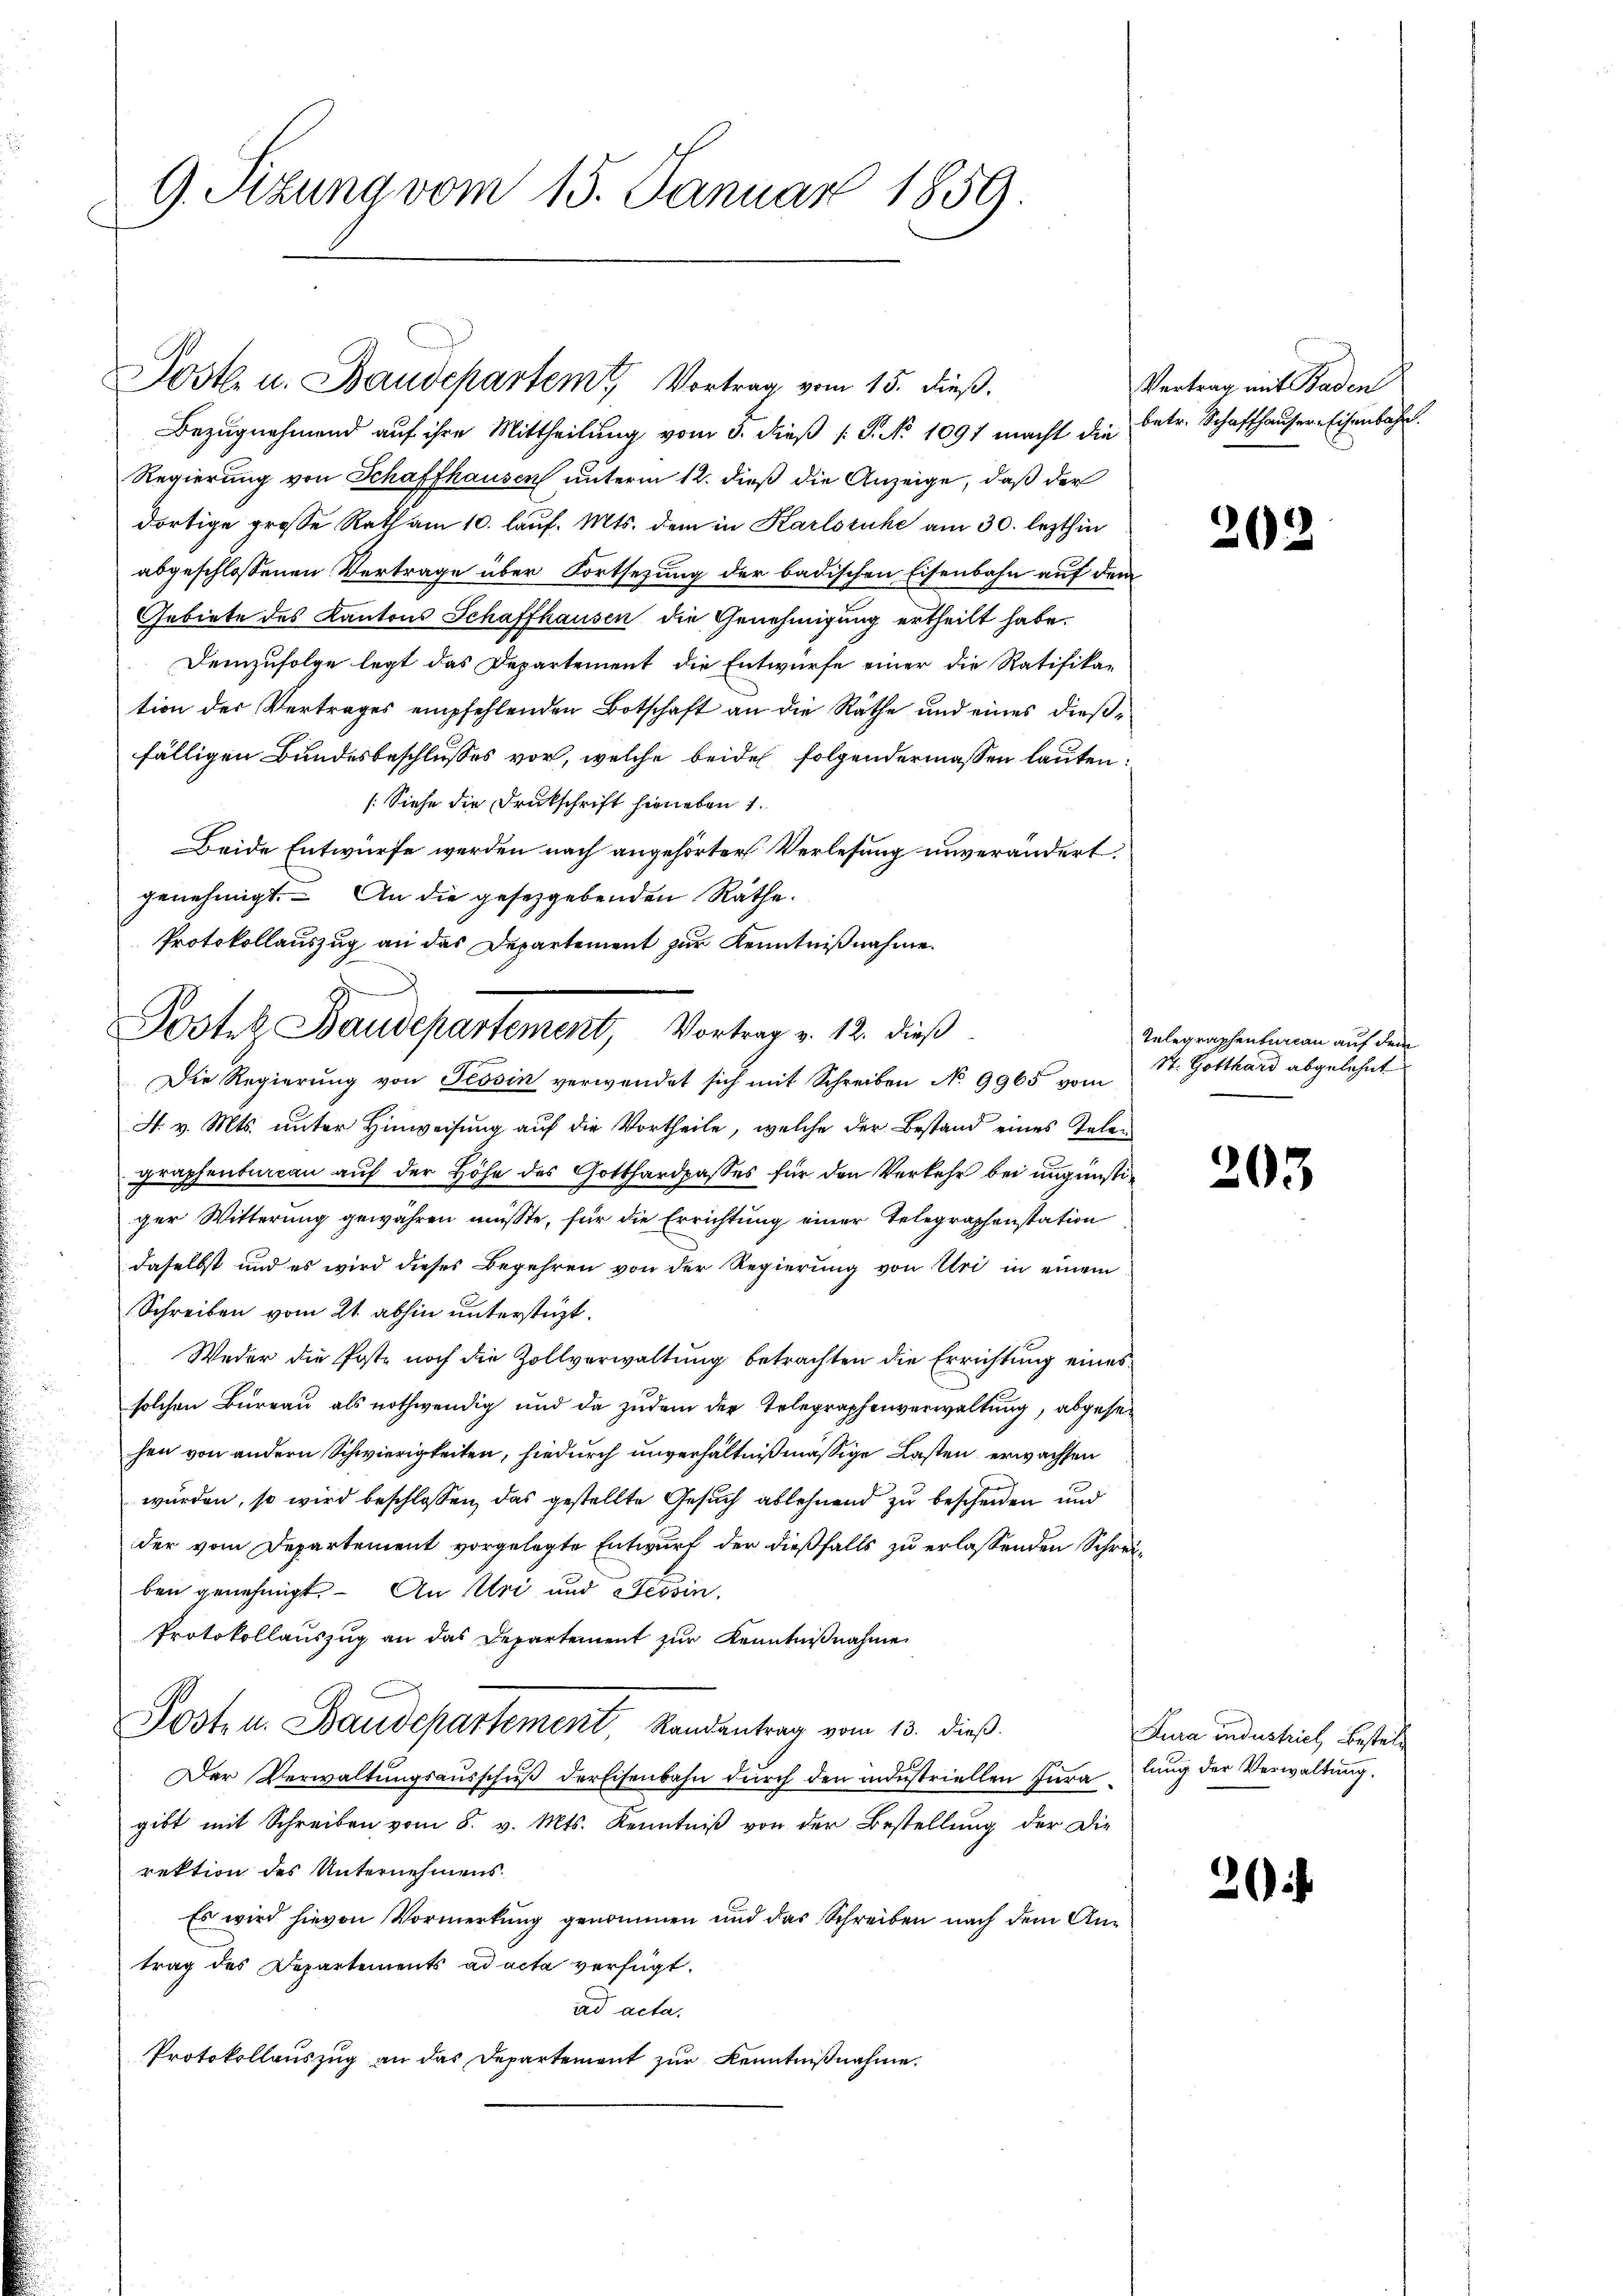
9. Sitzung vom 15. Januar 1859.

Bezŭgnehmend aŭf ihre Mittheilŭng vom 3. dieβ (: S. No 1091 macht die betr. Schafthaŭser Eisenbahr
Regierung von Schaffhausen unterm 12. dieß die Anzeige, daß der
dortige grosse Rath am 10. lauf. Mts. dem in Karlsruhe am 30. lezthin
abgeschlossenen Vertrage über Fortsezung der badischen Eisenbahn auf dem
Gebiete des Kantons Schaffhausen die Genehmigung ertheilt habe.
Demzufolge legt das Departement die Entwurfe einer die Ratifika-
tion der Vertrages empfehlenden Botschaft an die Räthe und eines dießfälligen Bundesbeschlusses vor, welche beide folgendermassen lauten:
(Siehe die Drukschrift hieneten 1.
Beide Entwurfe werden nach angehörter Verlesung unverändert.
genehmigt. – An die gesetzgebenden Räthe.
Protokollauszug an das Departement zur Kenntnißnahme.
Die Regierung von Tessin verwendet sich mit Schreiben No 9965 vom
H. v. Mts. unter Hinweisung auf die Vortheile, welche der Bestand eines Telen
graphenbureau auf der Höhe des Gotthardpasses für den Verkehr bei ungünstiger Witterung gewähren müsste, für die Errichtung einer Telegraphenstation
daselbst und es wird dieses Begehren von der Regierung von Uri in einem
Schreiben vom 21. abhin unterstüzt.
Weder die Poste noch die Zollverwaltung betrachten die Errichtung eines
solchen Bureau als nothwendig und da zudem der Telegraphenverwaltung, abgesehen von andern Schwierigkeiten, hiedurch unverhältnißmässige Lasten erwachsen
wurden, so wird beschlossen, das gestellte Gesuch ablehnend zu bescheiden und
der vom Departement vorgelegte Entwurf der dießfalls zu erlassenden Schreiben genehmigt. – An Uri und Tessin.
Protokollauszug an das Departement zur Kenntnißnahme
Post- u. Baudepartement, Kandentrag vom 13. dieß.
Der Verwaltungsausschuß derEisenbahn durch den indestriellen Iuragibt mit Schreiben vom 8. v. Mts. Kenntniß von der Bestellung der Die
rektion des Unternehmens
Es wird hievon Vormerkung genommen und das Schreiben nach dem Antrag des Departements ad acta verfügt:
ad acta.
Protokollauszug an das Departement zur Kenntnißnahme,

Postl. u. Baudepartem Vortrag vom 15. dieß.

Poster Baudepartement, Vortrag v. 12. dieß

Vertrag mit Baden

202

Telegraphenbureau auf den
St. Gotthard abgelehnt

203

2

Jura industrich, bestell
lung der Verwaltung.